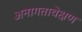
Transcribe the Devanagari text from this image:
अनागतावेक्षण